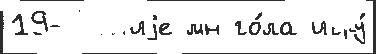
19-л'етн'иjе мн го́ла игру́